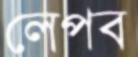
লেপব